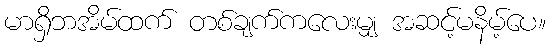
မာရှိဘအိမ်ထက် တစ်ချက်ကလေးမျှ အဆင့်မနိမ့်ပေ။